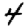
Digit: 4